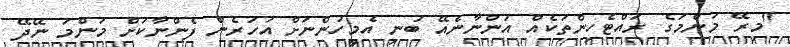
"މިރޭ މަންމަގެ ރައްޓެހިންތަކެއް އަންނާނެއޭ ބުނި އެމީހުންނަށް އަހަރެން ފެންނާކަށް މަންމަ ނޭދޭ